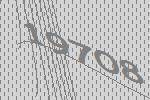
19708